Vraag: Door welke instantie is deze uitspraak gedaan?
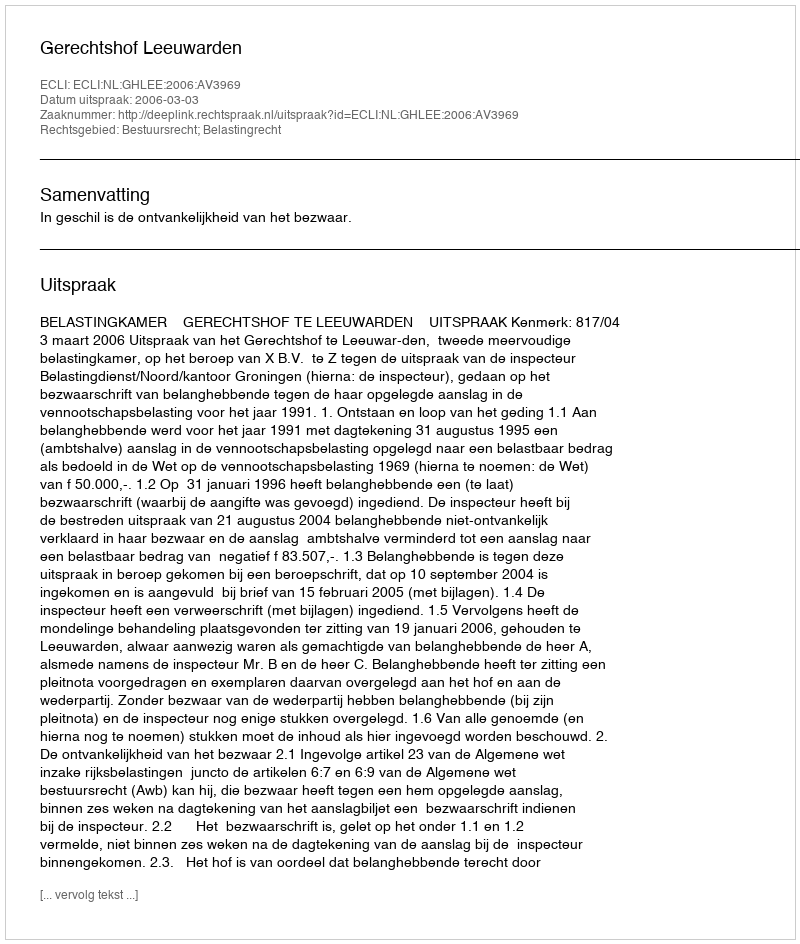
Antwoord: Gerechtshof Leeuwarden